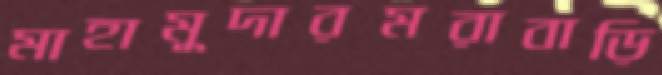
মাহামুদারমরাবাড়ি